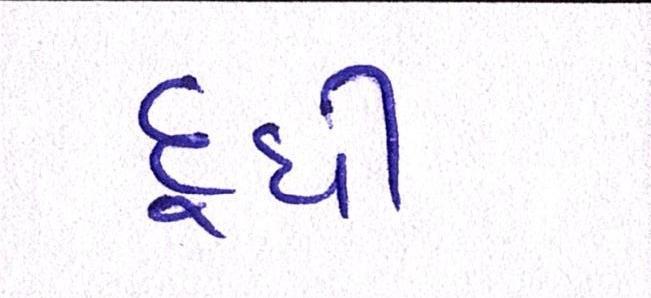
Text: દૂધી